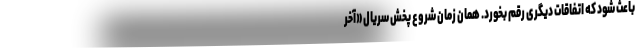
باعث شود که اتفاقات دیگری رقم بخورد. همان زمان شروع پخش سریال «آخر